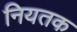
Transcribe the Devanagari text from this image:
नियतक